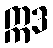
ဣဒ